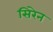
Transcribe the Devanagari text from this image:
सिरेन